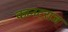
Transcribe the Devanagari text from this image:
कानटराज